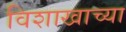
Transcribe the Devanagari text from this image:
विशाखाच्या